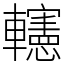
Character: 𨏥